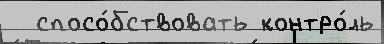
  спосо́бствовать контро́ль